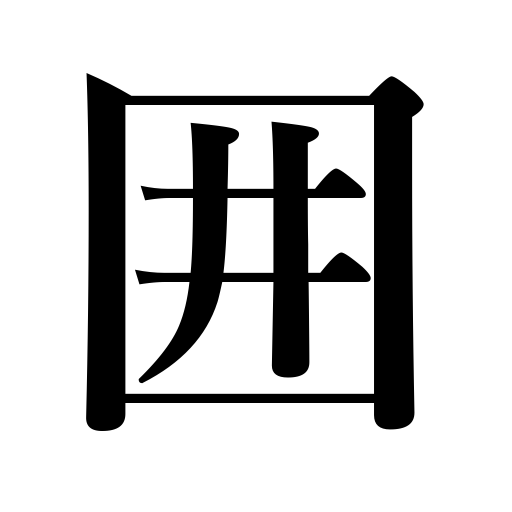
Meanings: surround,besiege,encircle,store,preserve,keep,enclose,enclosure